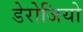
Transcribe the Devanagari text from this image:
डेरोजियो